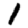
Digit: 1